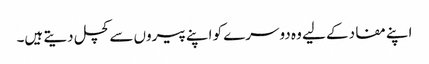
اپنے مفاد کے لیے وہ دوسرے کو اپنے پیروں سے کچل دیتے ہیں۔